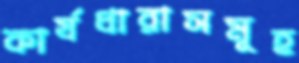
কার্যধারাসমূহ